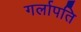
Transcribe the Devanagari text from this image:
गर्लापति